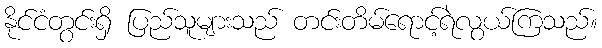
နိုင်ငံတွင်းရှိ ပြည်သူများသည် တင်းတိမ်ရောင့်ရဲလွယ်ကြသည်။